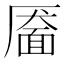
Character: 靥